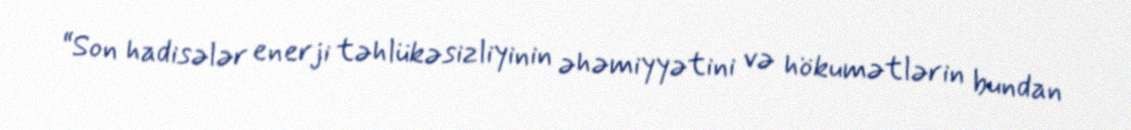
“Son hadisələr enerji təhlükəsizliyinin əhəmiyyətini və hökumətlərin bundan